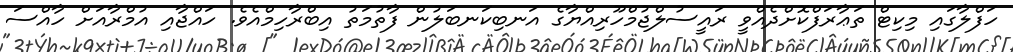
ހަފްލާގައި މިކިޓް ތަޢާރަފްކޮށްދެއްވީ ރައީސުލްޖުމްހޫރިއްޔާގެ އަނބިކަނބަލުން ފާތުމަތު އިބްރާހިމްއެވެ. ހައްޖާއި އުމްރާއަށް ހާއްސަ